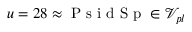
u = 2 8 \approx \mathrm { ~ P ~ s ~ i ~ d ~ S ~ p ~ } \in \mathcal { V } _ { p l }